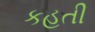
કહતી